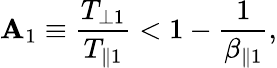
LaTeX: \mathbf{A}_{1}\equiv\frac{{T_{\perp1}}}{{T_{\parallel1}}}<1-\frac{{1}}{{\beta_{\parallel1}}},